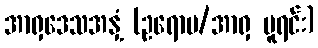
အာရှဒေသအနှံ့ (ဥရောပ/အာရှ မူရင်း)